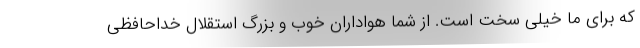
که برای ما خیلی سخت است. از شما هواداران خوب و بزرگ استقلال خداحافظی